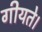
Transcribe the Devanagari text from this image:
गीयते।